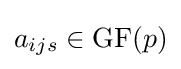
a_{ijs}\in \mathrm {GF} (p)